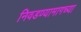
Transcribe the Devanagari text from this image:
निवडण्यामागच्या